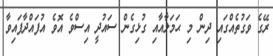
ރޭގެ ވަގުތެއްގައި ދިން މި ޙަމަލާއާއި ގުޅިގެން ސައުދީ އިސްވެ އޮވެ އުފައްދާފައިވާ